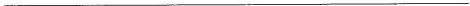
____________________